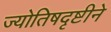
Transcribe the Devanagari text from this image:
ज्योतिषदृष्टीने